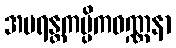
အပရန္တကပ္ပိကဝဏ္ဏနာ